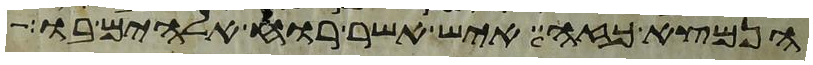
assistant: הנמצא כזה איש אשר רוח אלהים בו